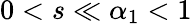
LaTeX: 0<s\ll\alpha_{1}<1